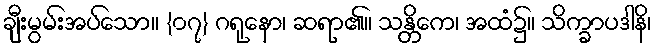
ချီးမွမ်းအပ်သော။ {၀၇} ဂရုနော၊ ဆရာ၏။ သန္တိကေ၊ အထံ၌။ သိက္ခာပဒါနိ၊